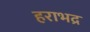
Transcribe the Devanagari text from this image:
हराभद्र